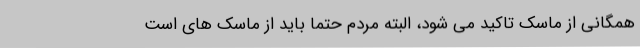
همگانی از ماسک تاکید می شود، البته مردم حتما باید از ماسک های است